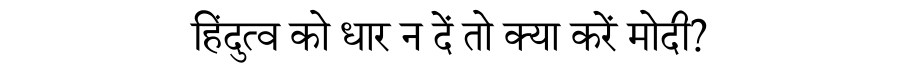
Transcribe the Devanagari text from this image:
हिंदुत्व को धार न दें तो क्या करें मोदी?